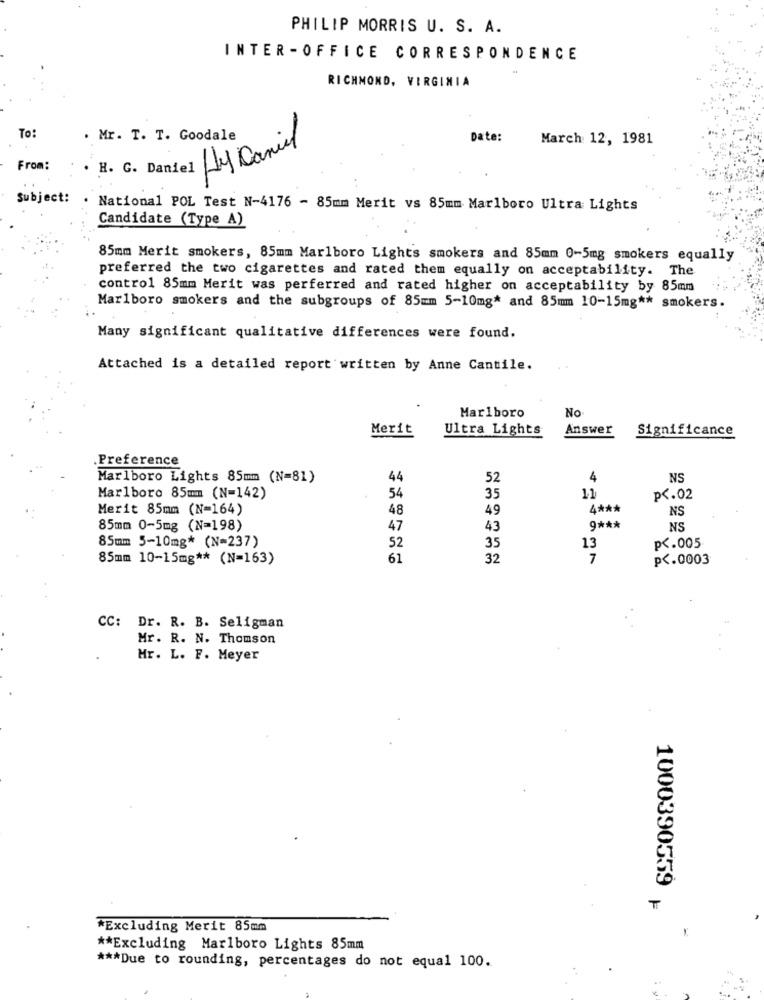
PHILIP MORRIS U. S. A.
INTER - OFFICE CORRESPONDENCE
RICHMOND, VIRGINIA
To:
. Mr. T. T. Goodale
Date:
March 12, 1981
HyDaniel
From:
H. G. Daniel
Subject:
National POL Test N-4176 - 85mm Merit vs 85mm Marlboro Ultra Lights
Candidate (Type A)
85mm Merit smokers, 85mm Marlboro Lights smokers and 85mm 0-5mg smokers equally
preferred the two cigarettes and rated them equally on acceptability. The
control 85mm Merit was perferred and rated higher on acceptability by 85mm
Marlboro smokers and the subgroups of 85mm 5-10mg* and 85mm 10-15mg ** smokers.
Many significant qualitative differences were found.
Attached is a detailed report written by Anne Cantile.
Marlboro
No
Merit
Ultra Lights
Answer
Significance
Preference
Marlboro Lights 85mm (N=81)
44
52
4
NS
Marlboro 85mm (N=142)
54
35
11
p <. 02
Merit 85mm (N=164)
48
49
4 ***
NS
85mm 0-5mg (N=198)
47
43
9 ***
NS
13
85mm 5-10mg* (N=237)
52
35
p <. 005
85mm 10-15mg ** (N=163)
61
32
7
p <. 0003
CC: Dr. R. B. Seligman
Mr. R. N. Thomson
Mr. L. F. Meyer
1000390559
T
*Excluding Merit 85mm
** Excluding Marlboro Lights 85mm
*** Due to rounding, percentages do not equal 100.